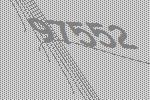
97552